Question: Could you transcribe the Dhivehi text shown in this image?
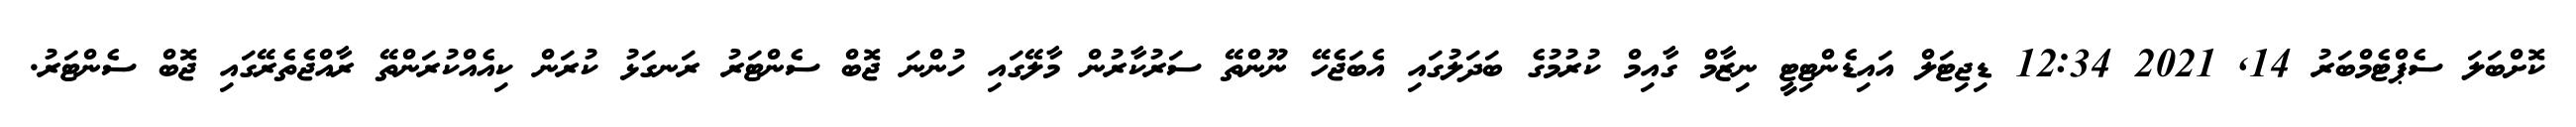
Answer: ކޮށްބަލަ ސެޕްޓެމްބަރު 14, 2021 12:34 ޑިޖިޓަލް އައިޑެންޓިޓީ ނިޒާމް ގާއިމް ކުރުމުގެ ބަދަލުގައި އެބަޖެހޭ ނޫންތޭ ސަރުކާރުން މާލޭގައި ހުންނަ ޖޮބް ސެންޓަރު ރަނގަޅު ކުރަން ކިއެއްކުރަންތޭ ރާއްޖެތެރޭގައި ޖޮބް ސެންޓަރު.